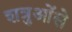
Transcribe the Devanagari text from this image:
शत्रुओंसे